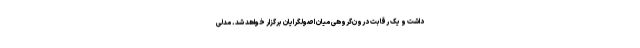
داشت و یک رقابت درون‌گروهی میان اصولگرایان برگزار خواهد شد. مدلی